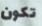
تكون